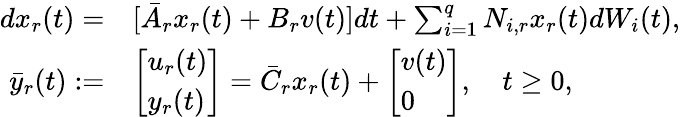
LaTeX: \begin{array}{rl}{dx_{r}(t)=}&{[\bar{A}_{r}x_{r}(t)+B_{r}v(t)]dt+\sum_{i=1}^{q}N_{i,r}x_{r}(t)dW_{i}(t),}\\ {\bar{y}_{r}(t):=}&{\left[\begin{array}{l}{u_{r}(t)}\\ {y_{r}(t)}\end{array}\right]=\bar{C}_{r}x_{r}(t)+\left[\begin{array}{l}{v(t)}\\ {0}\end{array}\right],\quad t\geq 0,}\end{array}